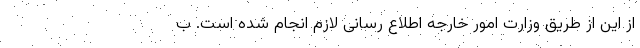
از این از طریق وزارت امور خارجه اطلاع رسانی لازم انجام شده است. ب